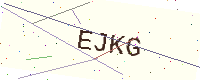
Text: EJKG